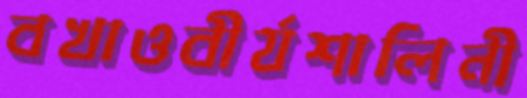
বখাওবীর্যশালিনী